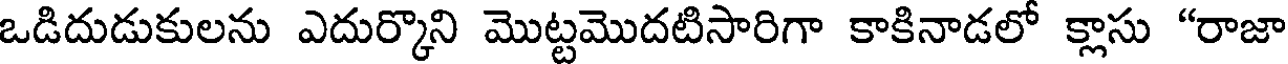
ఒడిదుడుకులను ఎదుర్కొని మొట్టమొదటిసారిగా కాకినాడలో క్లాసు "రాజా